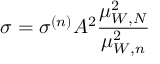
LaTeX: \sigma = \sigma ^ { ( n ) } A ^ { 2 } \frac { \mu _ { W , N } ^ { 2 } } { \mu _ { W , n } ^ { 2 } }